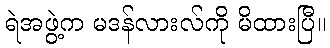
ရဲအဖွဲ့က မဒန်လားလ်ကို မိထားပြီ။